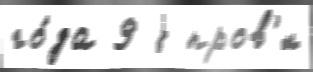
го́да 9 j пров'́л